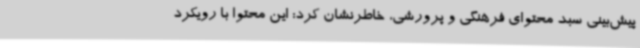
پیش‌بینی سبد محتوای فرهنگی و پرورشی، خاطرنشان کرد: این محتوا با رویکرد